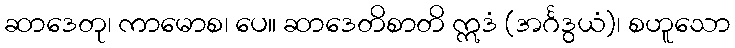
ဆာဒေတု၊ ကာမောစ၊ ပေ။ ဆာဒေတိစာတိ ဣဒံ (အင်္ဂဒွယံ)၊ စဟူသော